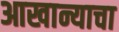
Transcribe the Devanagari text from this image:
आखान्याचा